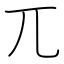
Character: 兀